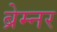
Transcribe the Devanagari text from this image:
ब्रेम्नर